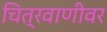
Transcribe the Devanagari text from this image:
चित्रवाणीवर